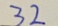
3 2